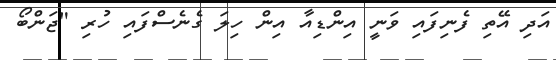
އަދި އޭތި ފެނިފައި ވަނީ އިންޑިއާ އިން ހިލަ ގެނެސްފައި ހުރި "ޖަންބޯ